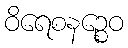
ဝိရေစနဉ္စေဝ